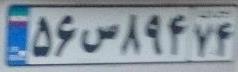
۵۶س۸۹۴۷۴